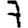
Digit: 7